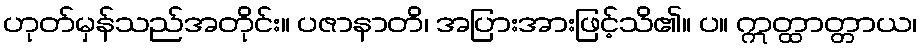
ဟုတ်မှန်သည်အတိုင်း။ ပဇာနာတိ၊ အပြားအားဖြင့်သိ၏။ ပ။ ဣတ္ထာတ္တာယ၊